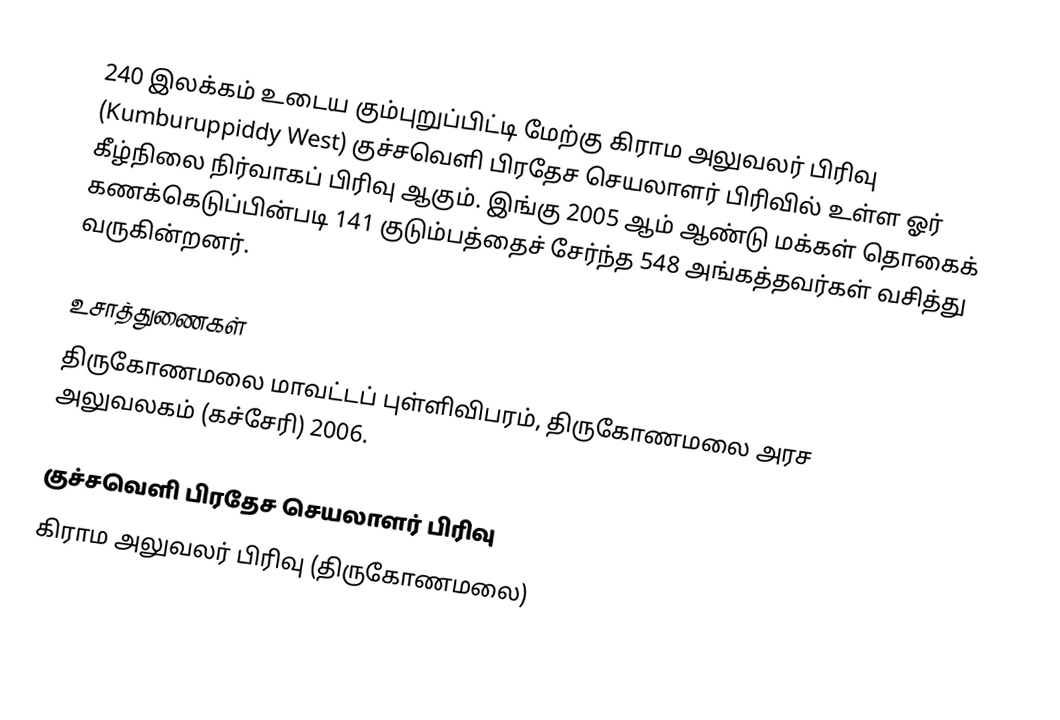
240 இலக்கம்  உடைய கும்புறுப்பிட்டி மேற்கு கிராம அலுவலர் பிரிவு  (Kumburuppiddy West) குச்சவெளி பிரதேச செயலாளர் பிரிவில் உள்ள ஓர் கீழ்நிலை நிர்வாகப் பிரிவு ஆகும். இங்கு 2005 ஆம் ஆண்டு மக்கள் தொகைக் கணக்கெடுப்பின்படி 141 குடும்பத்தைச் சேர்ந்த 548 அங்கத்தவர்கள் வசித்து வருகின்றனர்.

உசாத்துணைகள்
திருகோணமலை மாவட்டப் புள்ளிவிபரம்,  திருகோணமலை அரச அலுவலகம் (கச்சேரி) 2006.

குச்சவெளி பிரதேச செயலாளர் பிரிவு
கிராம அலுவலர் பிரிவு (திருகோணமலை)